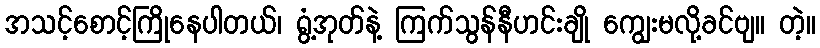
အသင့်စောင့်ကြိုနေပါတယ်၊ ရွံ့အုတ်နဲ့ ကြက်သွန်နီဟင်းချို ကျွေးမလို့ခင်ဗျ။ တဲ့။